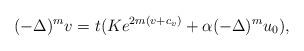
LaTeX: \begin{align*} (-\Delta)^mv=t(Ke^{2m(v+c_v)}+\alpha(-\Delta)^mu_0),\end{align*}